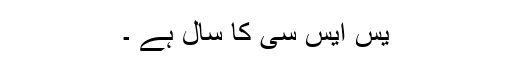
یس ایس سی کا سال ہے ۔